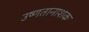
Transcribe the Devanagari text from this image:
उष्णतानाशक